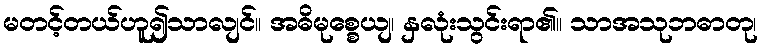
မတင့်တယ်ဟူ၍သာလျင်။ အဓိမုစ္စေယျ၊ နှလုံးသွင်းရာ၏။ သာအသုဘဓာတု၊